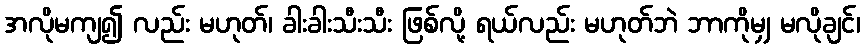
အလိုမကျ၍ လည်း မဟုတ်၊ ခါးခါးသီးသီး ဖြစ်လို့ ရယ်လည်း မဟုတ်ဘဲ ဘာကိုမျှ မလိုချင်၊